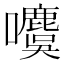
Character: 𰉋